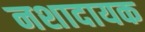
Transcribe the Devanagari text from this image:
नशादायक